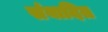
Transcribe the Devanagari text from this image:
संवादित